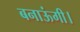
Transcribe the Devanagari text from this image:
बनाऊंगी।